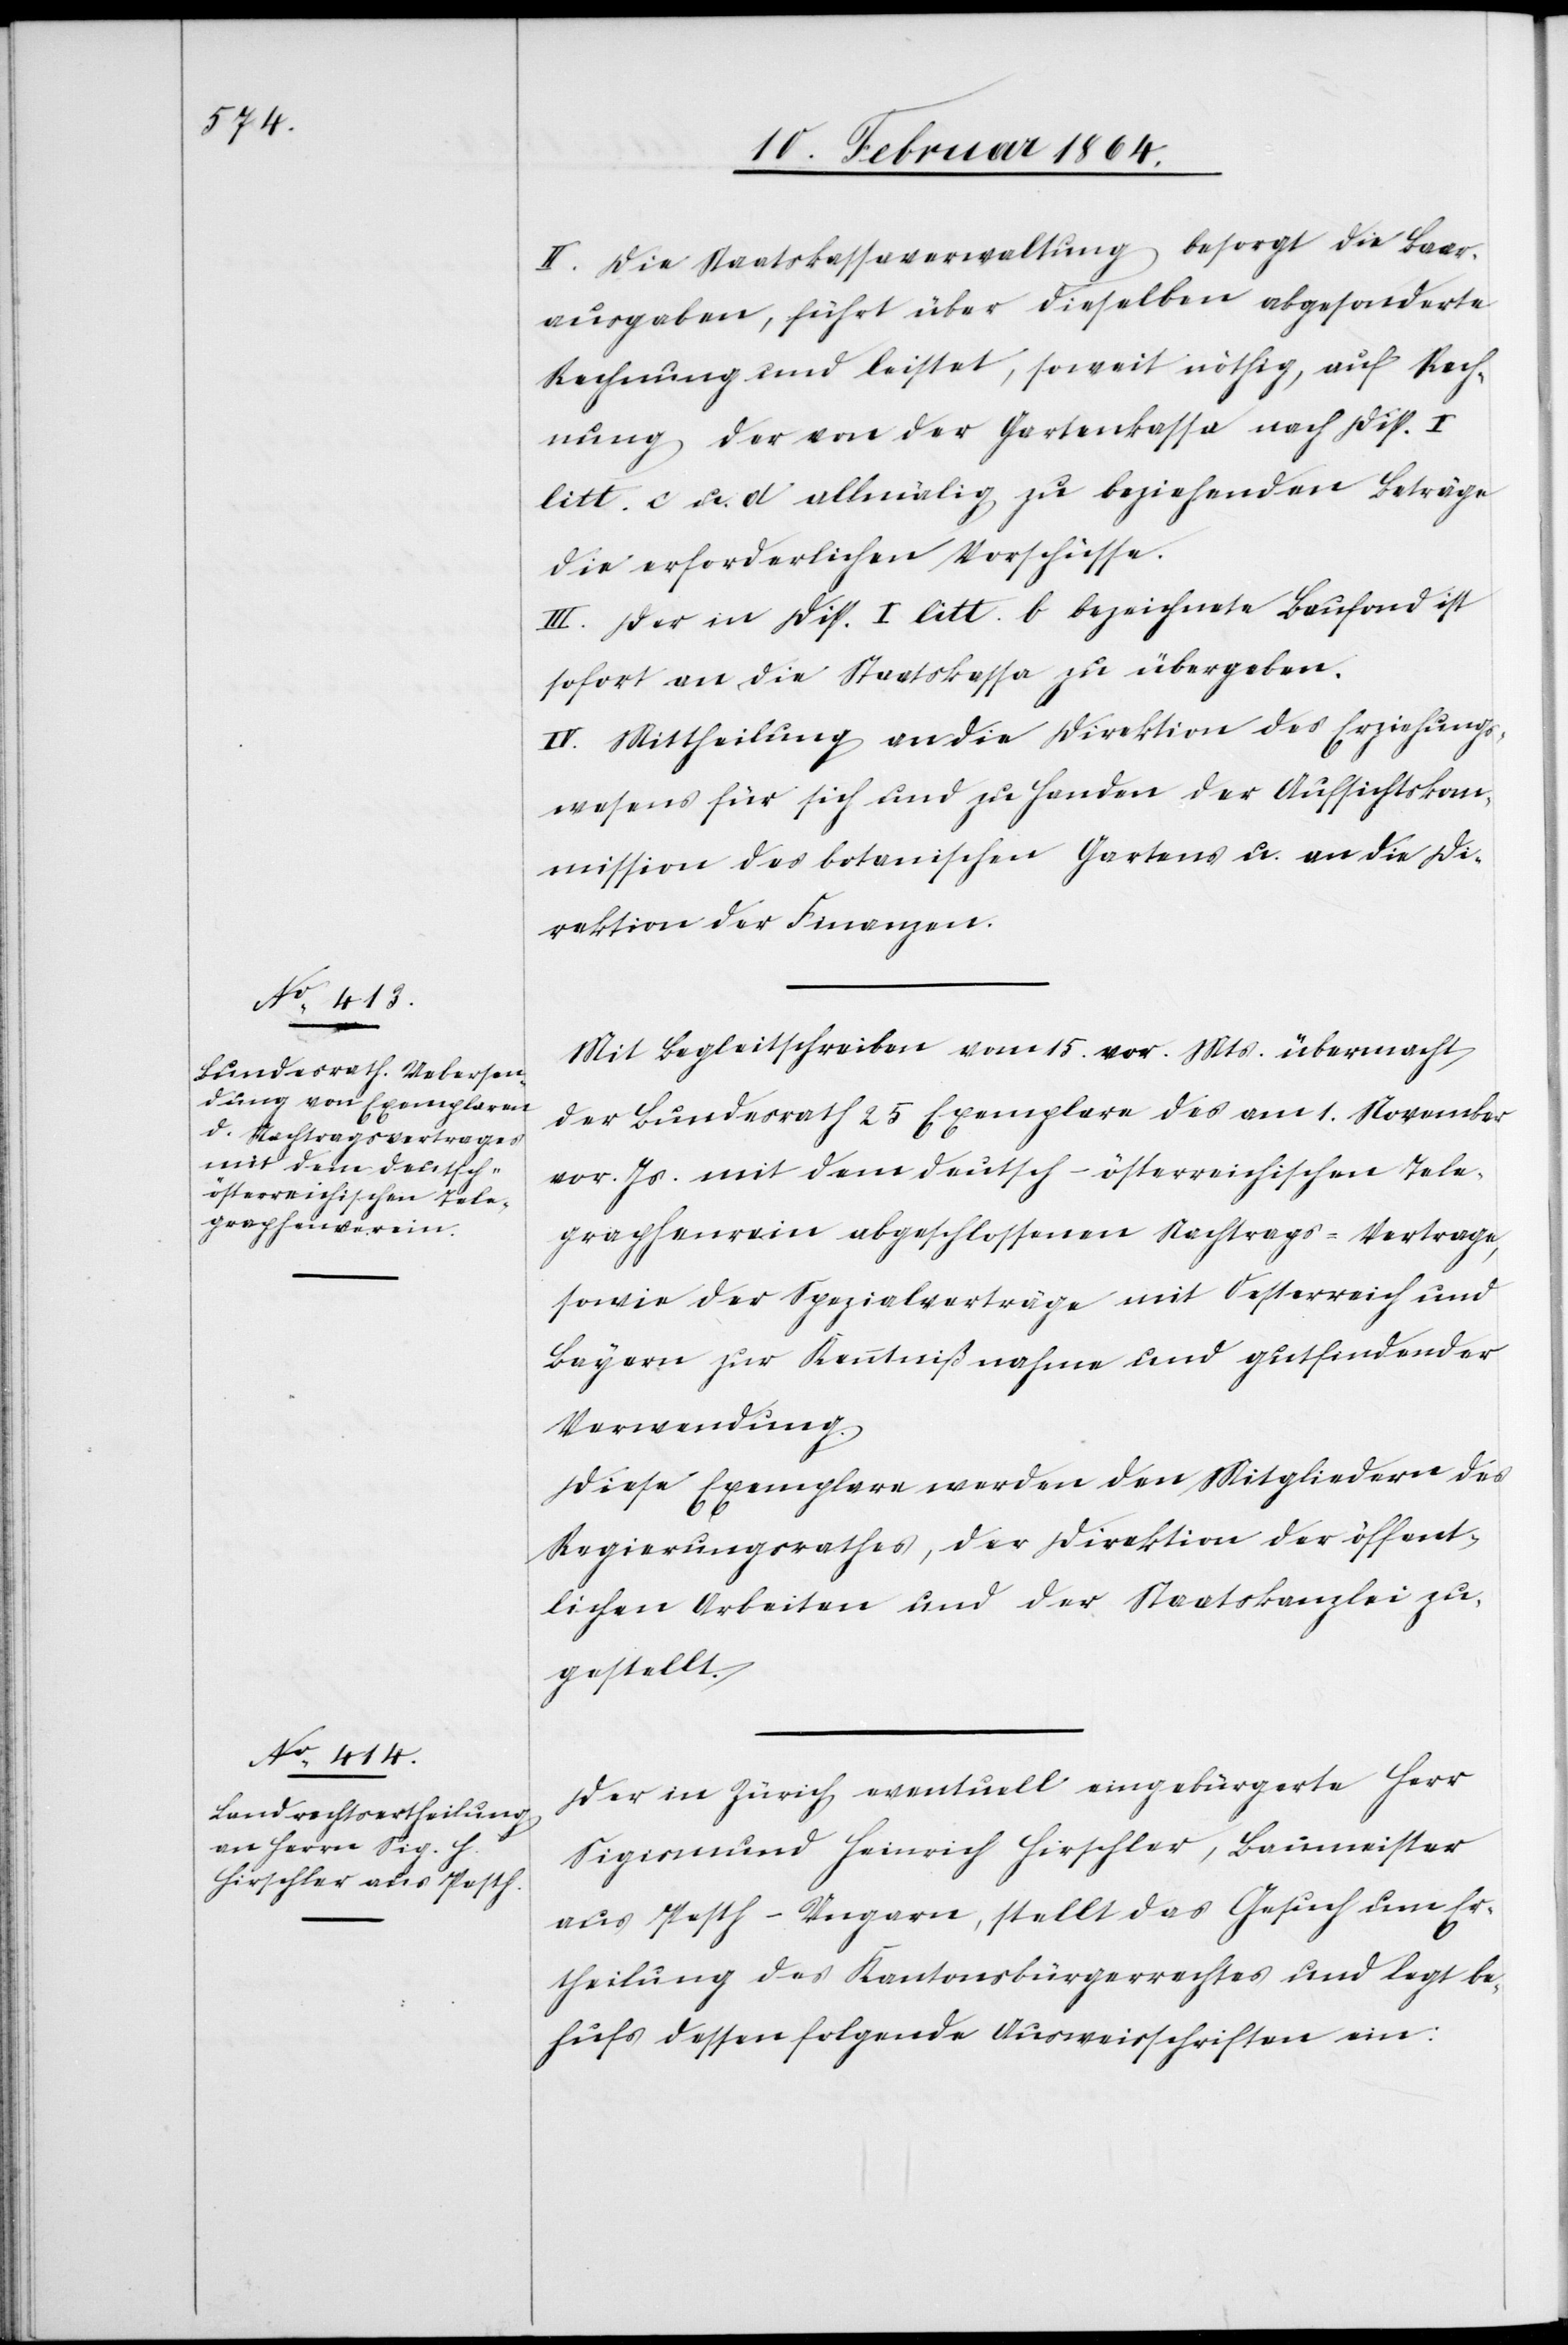
II. Die Staatskassaverwaltung besorgt die Baar¬
ausgaben, führt über dieselben abgesonderte
Rechnung und leistet, soweit nöthig, auf Rech¬
nung der von der Gartenkasse nach Disp.
litt. c. u. d allmälig zu beziehenden Beträge
die erforderlichen Vorschüsse.
III. Der in Disp. I litt. b bezeichnete Baufond ist
sofort an die Staatskassa zu übergeben.
IV. Mittheilung an die Direktion des Erziehungs¬
wesens für sich und zu Handen der Aufsichtskom¬
mission des botanischen Gartens u. an die Di¬
rektion der Finanzen.
Mit Begleitschreiben vom 15. vor. Mts. übermacht
der Bundesrath 25 Exemplare des am 1. November
vor. Js. mit dem deutsch-österreichischen Tele¬
graphenverein abgeschlossenen Nachtrags-Vertrage,
sowie der Spezialverträge mit Oesterreich und
Bayern zur Kenntnißnahme und gutfindender
Verwendung.
Diese Exemplare werden den Mitgliedern des
Regierungsrathes, der Direktion der öffent¬
lichen Arbeiten und der Staatskanzlei zu¬
gestellt.
Der in Zürich eventuell eingebürgerte Herr
Sigismund Heinrich Hirschler, Baumeister
aus Pesth – Ungarn, stellt das Gesuch um Er¬
theilung des Kantonsbürgerrechtes und legt be¬
hufs dessen folgende Ausweisschriften ein: